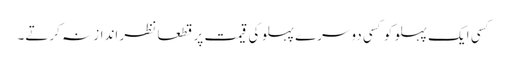
کسی ایک پہلو کو کسی دوسرے پہلو کی قیمت پر قطعا نظر انداز نہ کرتے۔